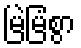
မြဲမြံစွာ